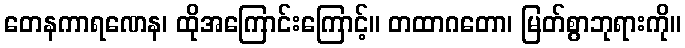
တေနကာရဏေန၊ ထိုအကြောင်းကြောင့်။ တထာဂတော၊ မြတ်စွာဘုရားကို။